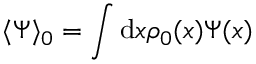
\langle \Psi \rangle _ { 0 } = \int \mathrm { d } \boldsymbol { x } \rho _ { 0 } ( \boldsymbol { x } ) \Psi ( \boldsymbol { x } )